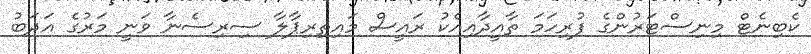
ކެބިނެޓް މިނިސްޓަރުންގެ ފުރިހަމަ ތާއީދާއިއެކު ރައީސް މައިތިރިޕާލާ ސިރިސެނާ ވަނީ މަރުގެ އަދަބު